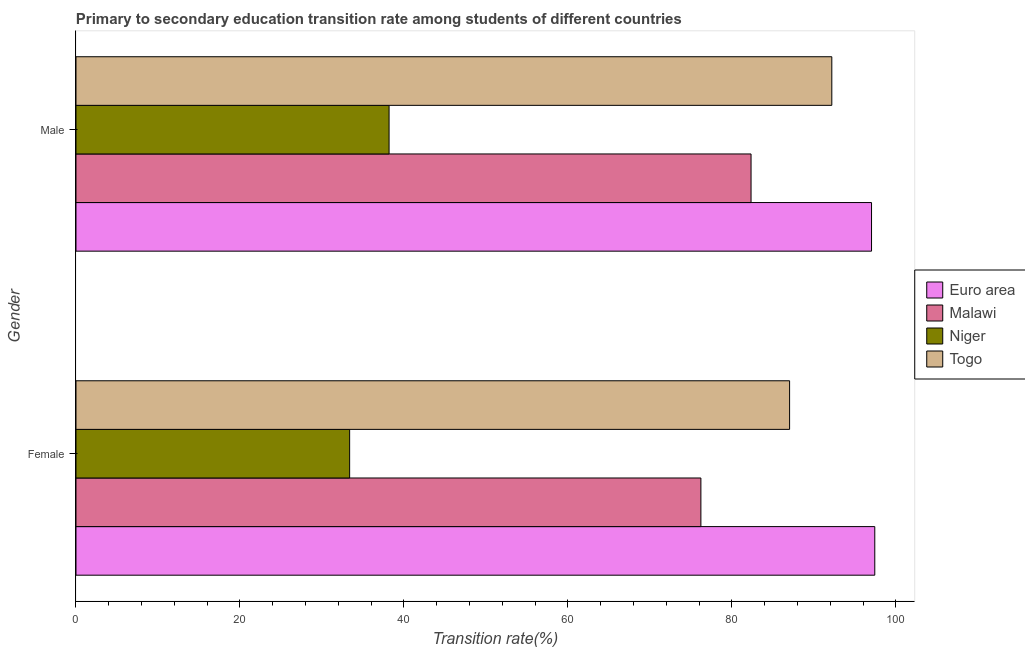
| Gender | Euro area | Malawi | Niger | Togo |
 | --- | --- | --- | --- | --- |
 | Female | 97.4 | 76.2 | 33.4 | 87 |
 | Male | 97 | 82.3 | 38.2 | 92.2 |